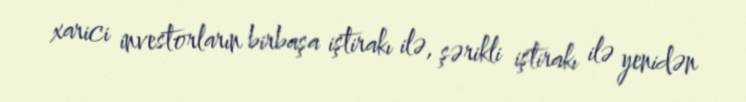
xarici investorların birbaşa iştirakı ilə, şərikli iştirakı ilə yenidən